Problem: 26 + 48 = ?
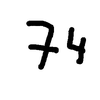
Handwritten answer: 74